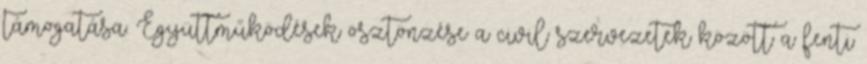
támogatása. Együttműködések ösztönzése a civil szervezetek között a fenti